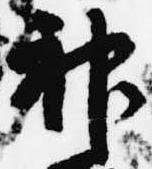
神